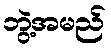
ဘွဲ့အမည်